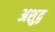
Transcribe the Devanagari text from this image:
अशुद्व